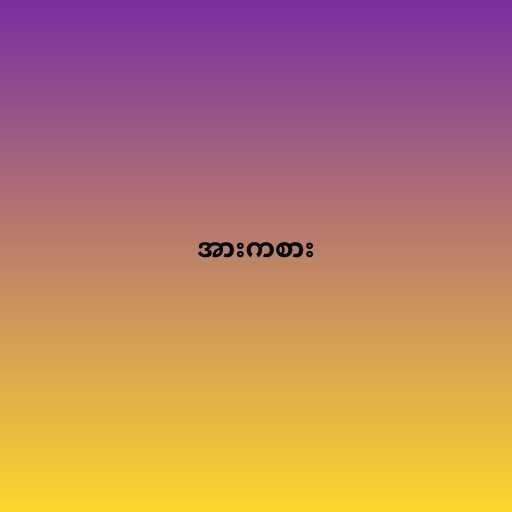
အားကစား